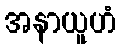
အနာယူဟံ